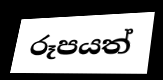
රූපයත්